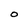
Character: O